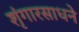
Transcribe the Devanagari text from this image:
शृंगारसाधने